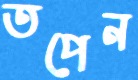
তপেন